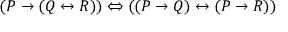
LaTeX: ( P \to ( Q \leftrightarrow R ) ) \Leftrightarrow ( ( P \to Q ) \leftrightarrow ( P \to R ) )